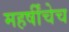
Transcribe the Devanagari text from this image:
महर्षींचेच